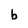
Character: b